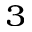
_ 3